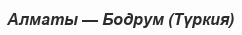
Алматы — Бодрум (Түркия)